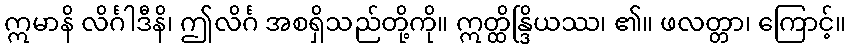
ဣမာနိ လိင်္ဂါဒီနိ၊ ဤလိင်္ဂ အစရှိသည်တို့ကို။ ဣတ္ထိန္ဒြိယဿ၊ ၏။ ဖလတ္တာ၊ ကြောင့်။